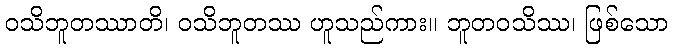
ဝသိဘူတဿာတိ၊ ဝသိဘူတဿ ဟူသည်ကား။ ဘူတဝသိဿ၊ ဖြစ်သော